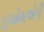
ઇએમએપી